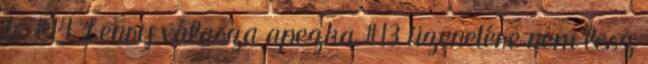
b. #14 Lenry válasza apezka #13 üzenetére nem lesz